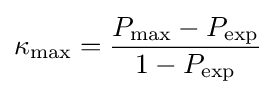
\kappa _{\max }={\frac {P_{\max }-P_{\exp }}{1-P_{\exp }}}